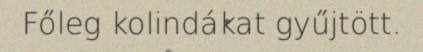
Főleg kolindákat gyűjtött.